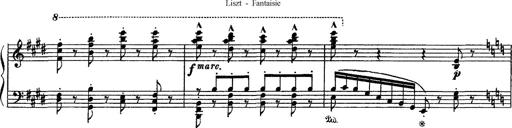
Title: Fantaisie sur des motifs favoris de l'opÃ©ra 'La sonnambula'
Composer: Franz Liszt